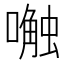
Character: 𱔿